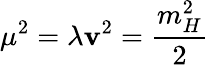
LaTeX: \mu^{2}=\lambda\mathbf{v}^{2}={\frac{{m_{H}^{2}}}{{2}}}